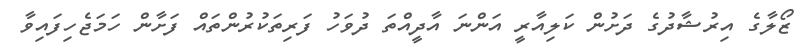
ޒޯލާގެ އިރުޝާދުގެ ދަށުން ކަލިއާރީ އަންނަ އާދީއްތަ ދުވަހު ފަރިތަކުރުންތައް ފަށާން ހަމަޖެހިފައިވާ